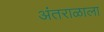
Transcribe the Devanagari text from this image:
अंतराळाला